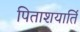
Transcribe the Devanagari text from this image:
पिताशयार्ति